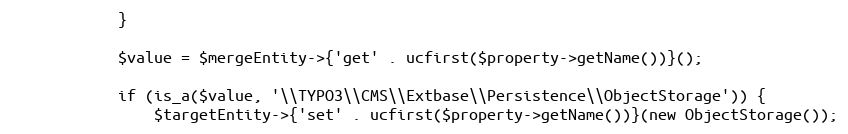
Language: PHP
            }

            $value = $mergeEntity->{'get' . ucfirst($property->getName())}();

            if (is_a($value, '\\TYPO3\\CMS\\Extbase\\Persistence\\ObjectStorage')) {
                $targetEntity->{'set' . ucfirst($property->getName())}(new ObjectStorage());